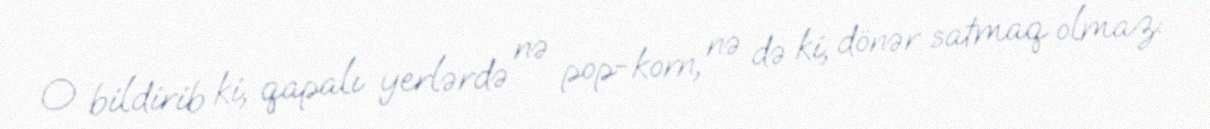
O bildirib ki, qapalı yerlərdə nə pop-korn, nə də ki, dönər satmaq olmaz: